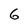
Character: 6